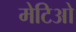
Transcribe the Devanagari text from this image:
मेटिओ